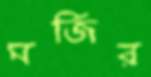
মর্জির